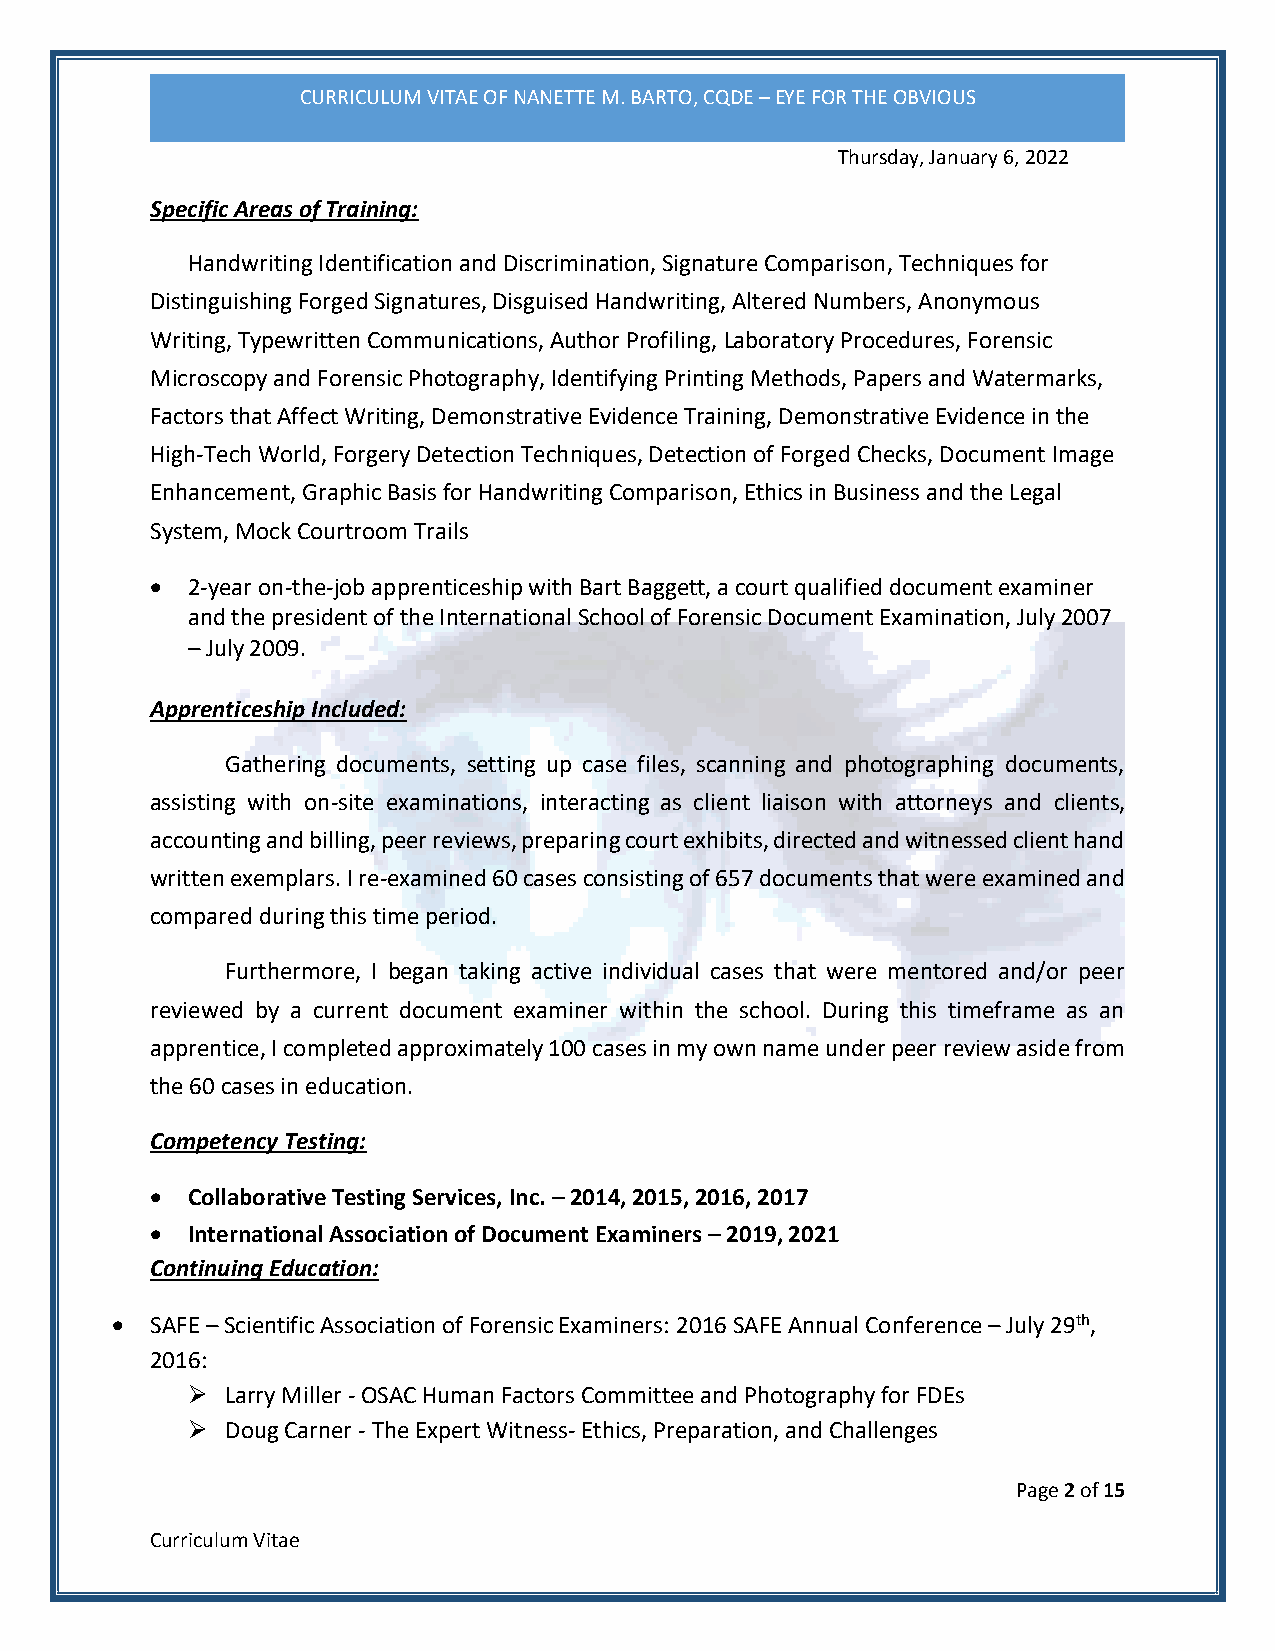
CURRICULUM VITAE OF NANETTE M. BARTO, CQDE – EYE FOR THE OBVIOUS
 Thursday, January 6, 2022
 Specific Areas of Training:
 Handwriting Identification and Discrimination, Signature Comparison, Techniques for
 Distinguishing Forged Signatures, Disguised Handwriting, Altered Numbers, Anonymous
 Writing, Typewritten Communications, Author Profiling, Laboratory Procedures, Forensic
 Microscopy and Forensic Photography, Identifying Printing Methods, Papers and Watermarks,
 Factors that Affect Writing, Demonstrative Evidence Training, Demonstrative Evidence in the
 High-Tech World, Forgery Detection Techniques, Detection of Forged Checks, Document Image
 Enhancement, Graphic Basis for Handwriting Comparison, Ethics in Business and the Legal
 System, Mock Courtroom Trails
 • 2-year on-the-job apprenticeship with Bart Baggett, a court qualified document examiner
 and the president of the International School of Forensic Document Examination, July 2007
 – July 2009.
 Apprenticeship Included:
 Gathering documents, setting up case files, scanning and photographing documents,
 assisting with on-site examinations, interacting as client liaison with attorneys and clients,
 accounting and billing, peer reviews, preparing court exhibits, directed and witnessed client hand
 written exemplars. I re-examined 60 cases consisting of 657 documents that were examined and
 compared during this time period.
 Furthermore, I began taking active individual cases that were mentored and/or peer
 reviewed by a current document examiner within the school. During this timeframe as an
 apprentice, I completed approximately 100 cases in my own name under peer review aside from
 the 60 cases in education.
 Competency Testing:
 • Collaborative Testing Services, Inc. – 2014, 2015, 2016, 2017
 • International Association of Document Examiners – 2019, 2021
 Continuing Education:
 •  SAFE – Scientific Association of Forensic Examiners: 2016 SAFE Annual Conference – July 29th,
 2016:
 ➢  Larry Miller - OSAC Human Factors Committee and Photography for FDEs
 ➢  Doug Carner - The Expert Witness- Ethics, Preparation, and Challenges
 Page 2 of 15
 Curriculum Vitae